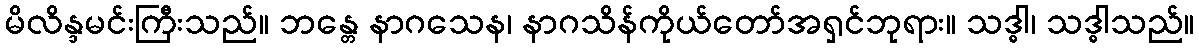
မိလိန္ဒမင်းကြီးသည်။ ဘန္တေ နာဂသေန၊ နာဂသိန်ကိုယ်တော်အရှင်ဘုရား။ သဒ္ဓါ၊ သဒ္ဓါသည်။